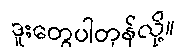
ဒူးတွေပါတုန်လို့။